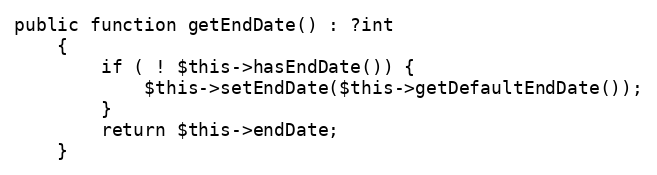
Language: PHP
public function getEndDate() : ?int
    {
        if ( ! $this->hasEndDate()) {
            $this->setEndDate($this->getDefaultEndDate());
        }
        return $this->endDate;
    }